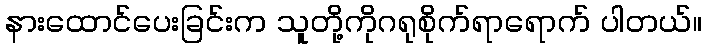
နားထောင်ပေးခြင်းက သူတို့ကိုဂရုစိုက်ရာရောက် ပါတယ်။